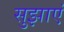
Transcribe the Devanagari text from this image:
सुझाएं